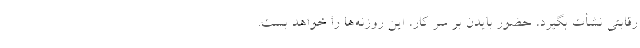
رقابتی نشأت بگیرد، حضور بایدن بر سر کار، این روزنه‌ها را خواهد بست.